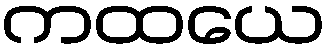
ကထယေ